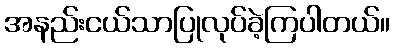
အနည်းငယ်သာပြုလုပ်ခဲ့ကြပါတယ်။